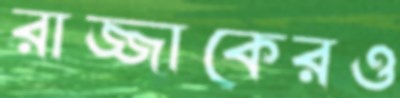
রাজ্জাকেরও